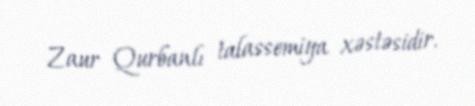
Zaur Qurbanlı talassemiya xəstəsidir.